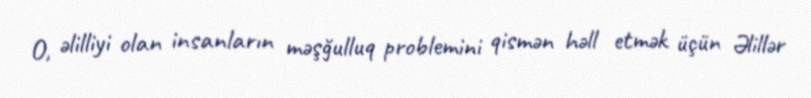
O, əlilliyi olan insanların məşğulluq problemini qismən həll etmək üçün Əlillər